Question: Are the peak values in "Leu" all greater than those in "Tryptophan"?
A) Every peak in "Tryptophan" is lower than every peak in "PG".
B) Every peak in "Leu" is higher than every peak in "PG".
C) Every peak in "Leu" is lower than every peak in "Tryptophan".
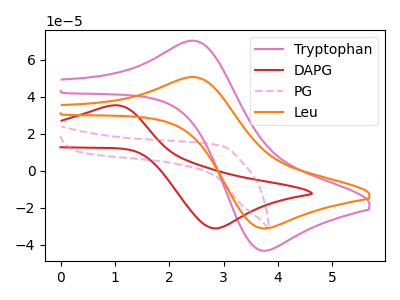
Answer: <think>The pink curve "Tryptophan" has an anodic peak at (2.50V, 70.25uA) and a cathodic peak at (3.75V, -43.20uA). The red curve "DAPG" has an anodic peak at (0.95V, 35.25uA) and a cathodic peak at (2.85V, -31.15uA). The pink dashed curve "PG" has no peaks. The orange curve "Leu" has an anodic peak at (2.50V, 50.60uA) and a cathodic peak at (3.75V, -31.15uA).</think>
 <answer>C) Every peak in "Leu" is lower than every peak in "Tryptophan".</answer>
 <eval>C</eval>